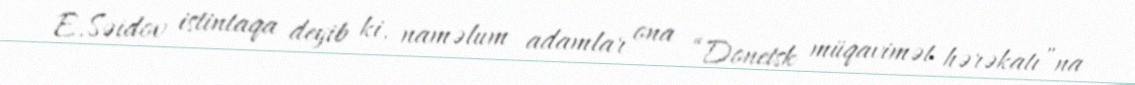
E.Səidov istintaqa deyib ki, naməlum adamlar ona “Donetsk müqavimət hərəkatı”na